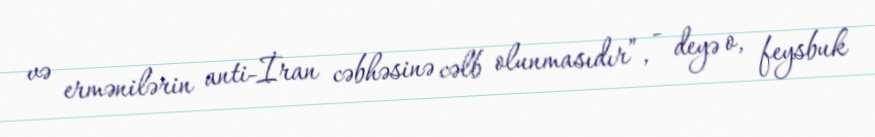
və ermənilərin anti-İran cəbhəsinə cəlb olunmasıdır”, - deyə o, feysbuk